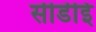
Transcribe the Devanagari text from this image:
सीडीई